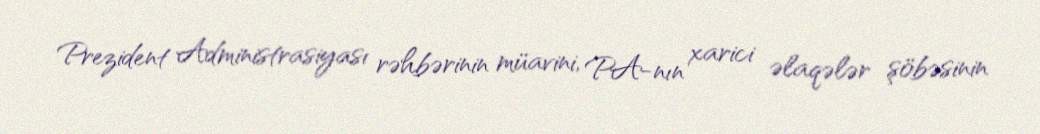
Prezident Administrasiyası rəhbərinin müavini, PA-nın xarici əlaqələr şöbəsinin